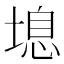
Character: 𰊔